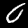
Digit: 0